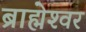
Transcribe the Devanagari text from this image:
ब्राह्मेश्‍वर